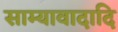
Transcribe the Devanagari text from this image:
साम्यावादादि